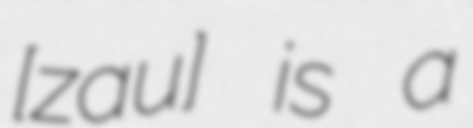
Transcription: [zaˈɡuʐɛ] is a